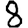
Digit: 8